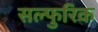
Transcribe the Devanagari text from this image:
सल्फुरिक